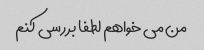
من می خواهم لطفا بررسی کنم